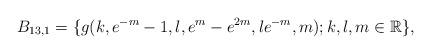
LaTeX: \begin{align*} B_{13,1}=\{g(k,e^{-m}-1,l,e^{m}-e^{2m},le^{-m},m); k, l, m \in \mathbb R\}, \end{align*}